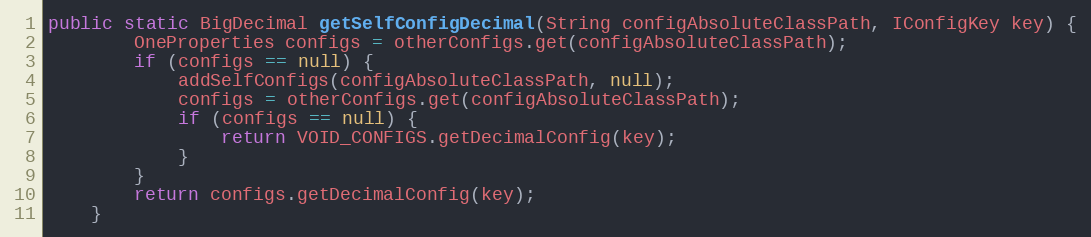
Language: Java
public static BigDecimal getSelfConfigDecimal(String configAbsoluteClassPath, IConfigKey key) {
        OneProperties configs = otherConfigs.get(configAbsoluteClassPath);
        if (configs == null) {
            addSelfConfigs(configAbsoluteClassPath, null);
            configs = otherConfigs.get(configAbsoluteClassPath);
            if (configs == null) {
                return VOID_CONFIGS.getDecimalConfig(key);
            }
        }
        return configs.getDecimalConfig(key);
    }